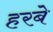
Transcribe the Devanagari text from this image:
हरबे